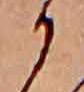
か